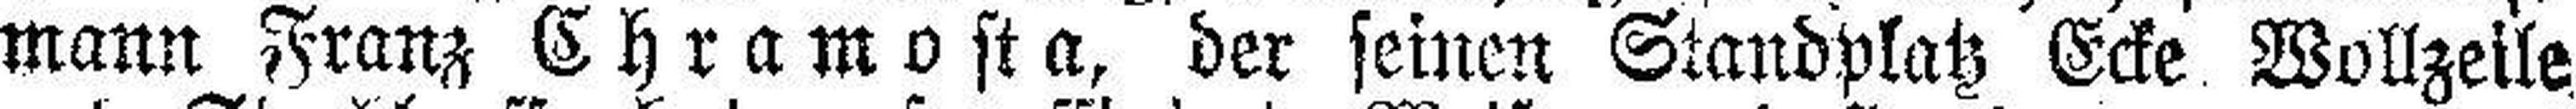
mann Franz Chramosta, der seinen Standplatz Ecke Wollzeile.